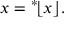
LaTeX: x = { } ^ { * } \! \lfloor x \rfloor .